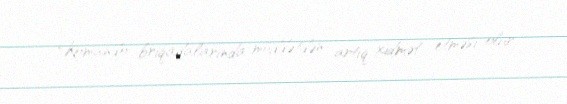
Komando briqadalarında müddətdən artıq xidmət etməsi olur.